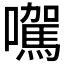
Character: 𡃉